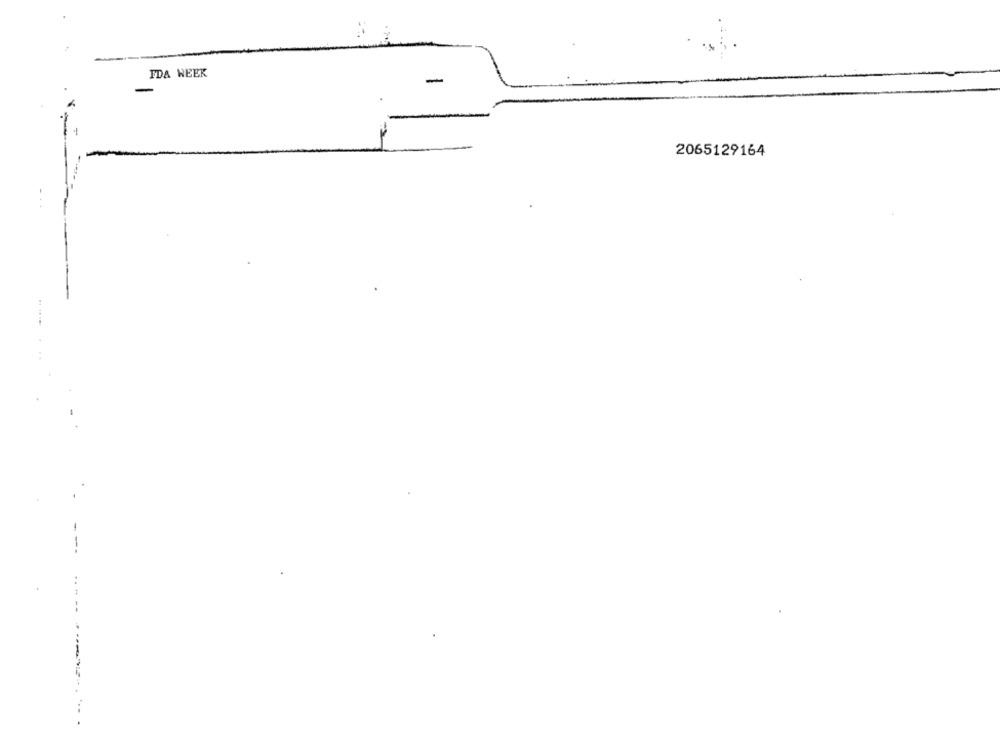
FDA WEEK
2065129164